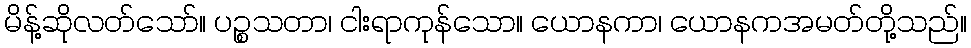
မိန့်ဆိုလတ်သော်။ ပဉ္စသတာ၊ ငါးရာကုန်သော။ ယောနကာ၊ ယောနကအမတ်တို့သည်။